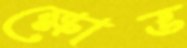
ক্ষোভ